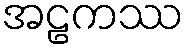
အဠကဿ